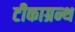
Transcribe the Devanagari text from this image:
टीकाग्रन्थ